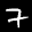
Label: 7